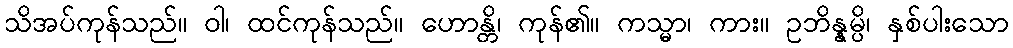
သိအပ်ကုန်သည်။ ဝါ၊ ထင်ကုန်သည်။ ဟောန္တိ၊ ကုန်၏။ ကသ္မာ၊ ကား။ ဥဘိန္နမ္ပိ၊ နှစ်ပါးသော